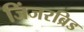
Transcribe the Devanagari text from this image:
जिंजरब्रिड